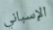
الإسباني